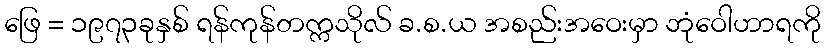
ဖြေ = ၁၉၇၃ခုနှစ် ရန်ကုန်တက္ကသိုလ် ခ.စ.ယ အစည်းအဝေးမှာ ဘုံဝေါဟာရကို